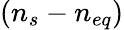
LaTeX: (n_{s}-n_{eq})